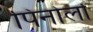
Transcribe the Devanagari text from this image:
पिनोलो